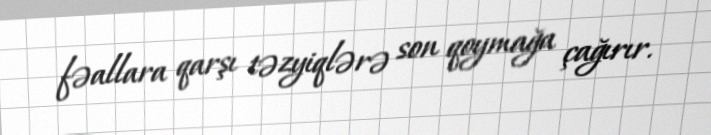
fəallara qarşı təzyiqlərə son qoymağa çağırır.